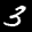
Label: 3